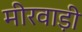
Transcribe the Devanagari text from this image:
मीरवाड़ी